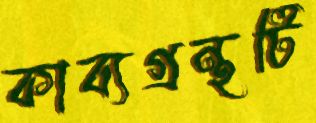
কাব্যগ্রন্থটি